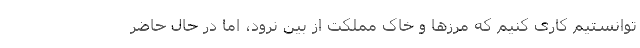
توانستیم کاری کنیم که مرزها و خاک مملکت از بین نرود، اما در حال حاضر